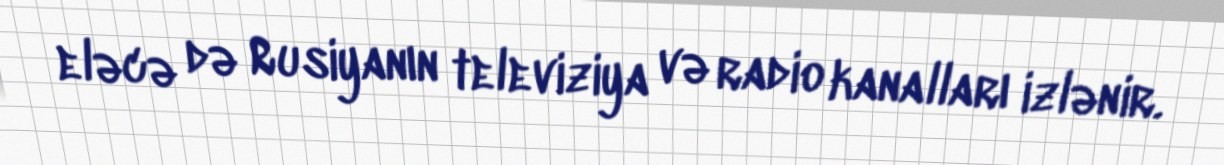
eləcə də Rusiyanın televiziya və radio kanalları izlənir.